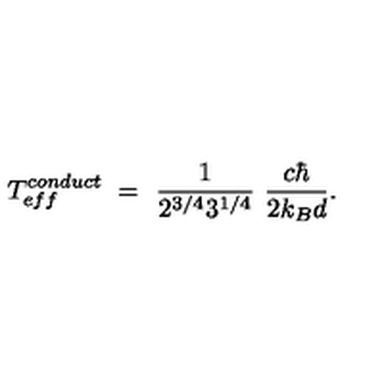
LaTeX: T _ { e f f } ^ { c o n d u c t } \ = \ \frac { 1 } { 2 ^ { 3 / 4 } 3 ^ { 1 / 4 } } \ \frac { c \hbar } { 2 k _ { B } d } .